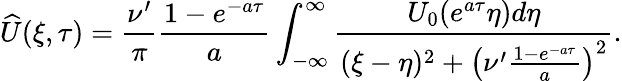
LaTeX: \widehat{U}(\xi,\tau)=\frac{\nu^{\prime}}{\pi}\frac{1-e^{-a\tau}}{a}\int_{-\infty}^{\infty}\frac{U_{0}(e^{a\tau}\eta)d\eta}{(\xi-\eta)^{2}+\left(\nu^{\prime}\frac{1-e^{-a\tau}}{a}\right)^{2}}.